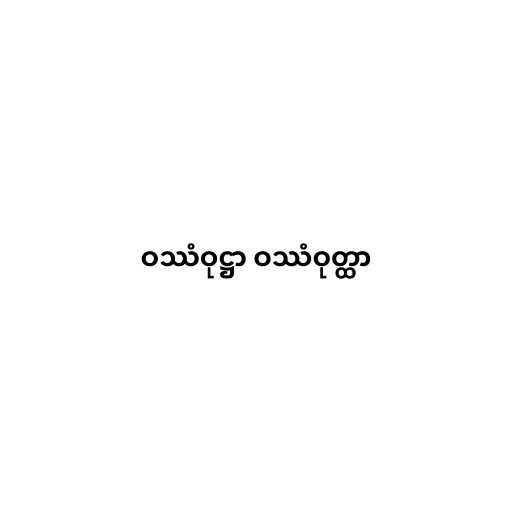
ဝဿံဝုဋ္ဌာ ဝဿံဝုတ္ထာ